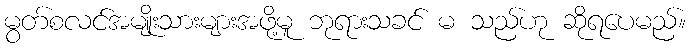
မွတ်စလင်အမျိုးသားများအဖို့မူ ဘုရားသခင် မ သည်ဟု ဆိုရပေမည်။